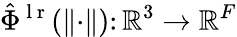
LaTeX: \hat{\Phi}^{\mathrm{~l~r~}}(\lVert\cdot\rVert)\colon{\mathbb{R}}^{3}\rightarrow{\mathbb{R}}^{F}